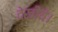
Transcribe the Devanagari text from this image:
देखीये।